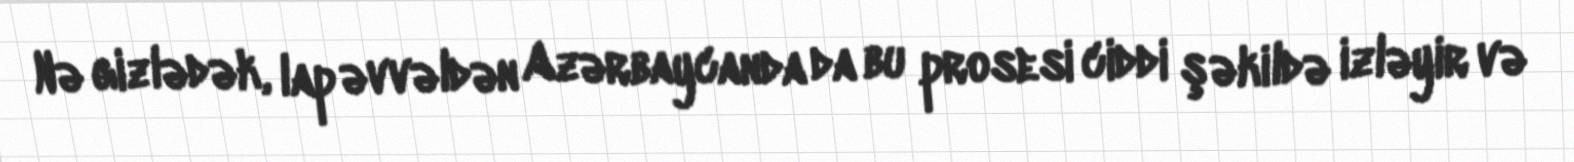
Nə gizlədək, lap əvvəldən Azərbaycanda da bu prosesi ciddi şəkildə izləyir və